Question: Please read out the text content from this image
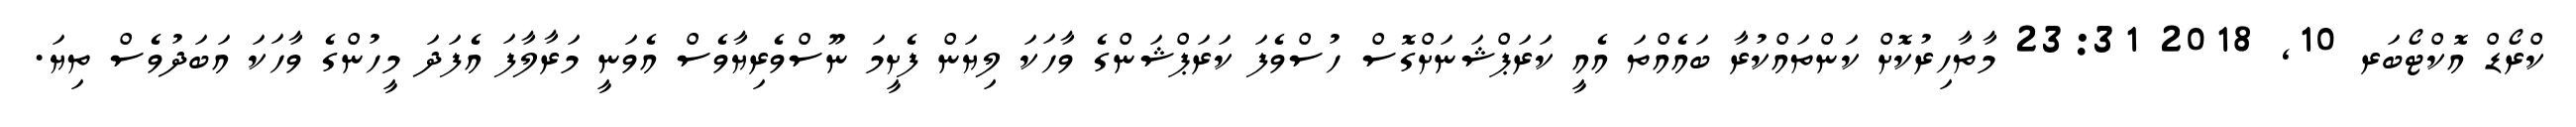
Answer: ކްރޯޑް އޮކްޓޯބަރ 10, 2018 23:31 މާތާހިރުކޮށް ކަންތައްކުރާ ބައެއްތަ އެއީ ކަރަޕްޝަނަށްގޮސް ހުސްވެފަ ކަރަޕްޝަންގެ ވާހަކަ ލިޔަން ފެށީމަ ނޫސްވެރިޔާވެސް އެވަނީ މަރާލާފަ އެފަދަ މީހުންގެ ވާހަކަ އަބަދުވެސް ތިޔަ.